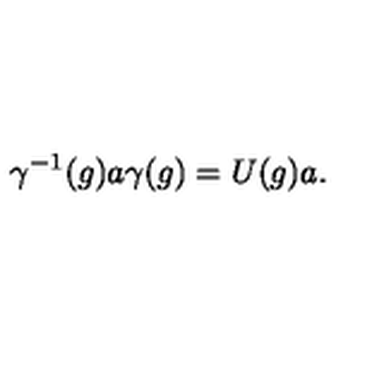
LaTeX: \gamma ^ { - 1 } ( g ) a \gamma ( g ) = U ( g ) a .